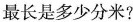
最长是多少分米?